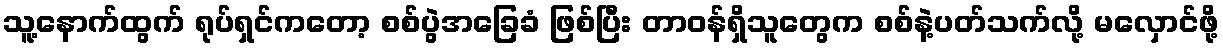
သူ့နောက်ထွက် ရုပ်ရှင်ကတော့ စစ်ပွဲအခြေခံ ဖြစ်ပြီး တာဝန်ရှိသူတွေက စစ်နဲ့ပတ်သက်လို့ မလှောင်ဖို့